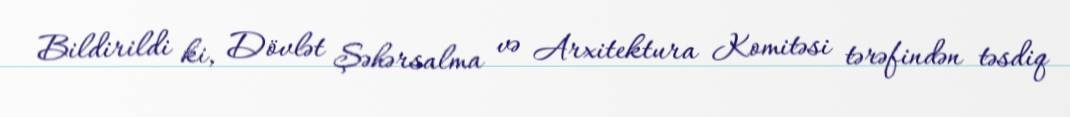
Bildirildi ki, Dövlət Şəhərsalma və Arxitektura Komitəsi tərəfindən təsdiq